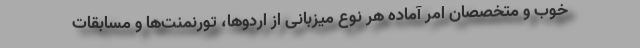
خوب و متخصصان امر آماده هر نوع میزبانی از اردوها، تورنمنت‌ها و مسابقات